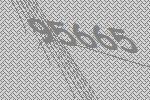
95665